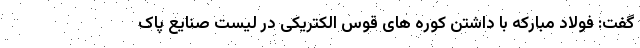
گفت: فولاد مبارکه با داشتن کوره های قوس الکتریکی در لیست صنایع پاک